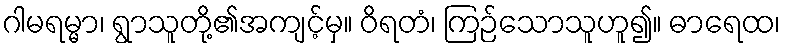
ဂါမရမ္မာ၊ ရွာသူတို့၏အကျင့်မှ။ ဝိရတံ၊ ကြဉ်သောသူဟူ၍။ ဓာရေထ၊